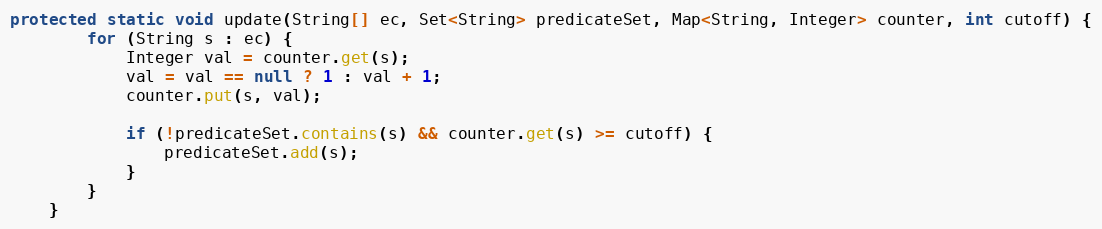
Language: Java
protected static void update(String[] ec, Set<String> predicateSet, Map<String, Integer> counter, int cutoff) {
        for (String s : ec) {
            Integer val = counter.get(s);
            val = val == null ? 1 : val + 1;
            counter.put(s, val);

            if (!predicateSet.contains(s) && counter.get(s) >= cutoff) {
                predicateSet.add(s);
            }
        }
    }